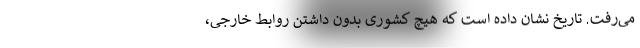
می‌رفت. تاریخ نشان داده است که هیچ کشوری بدون داشتن روابط خارجی،